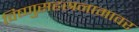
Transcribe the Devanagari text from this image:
विष्णुसहस्रनामावर